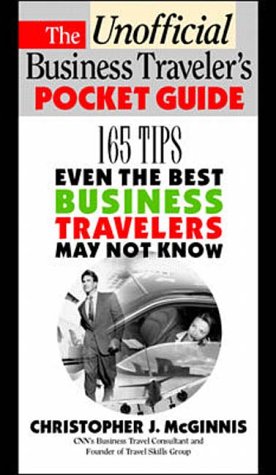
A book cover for The Unoffcial Business Traveler's Pocket Guide: 165 Tips Even the Best Business Traveler May Not Know; Christopher J. McGinnis; Travel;